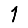
Digit: 1